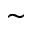
\sim